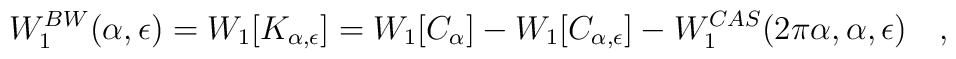
W_1^{BW}(\alpha,\epsilon)=W_1[K_{\alpha,\epsilon}]=W_1[C_{\alpha}]-W_1[C_{\alpha,\epsilon}]-W_1^{CAS}(2\pi\alpha,\alpha,\epsilon)~~~,